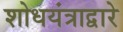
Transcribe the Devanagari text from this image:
शोधयंत्राद्वारे